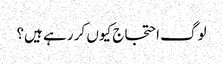
لوگ احتجاج کیوں کر رہے ہیں؟